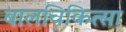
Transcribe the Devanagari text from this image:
बालचिकित्सा